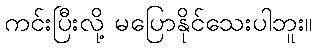
ကင်းပြီးလို့ မပြောနိုင်သေးပါဘူး။